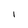
Character: I